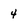
Character: 4